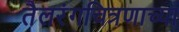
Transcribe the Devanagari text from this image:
तैलरंगचित्रणाच्या